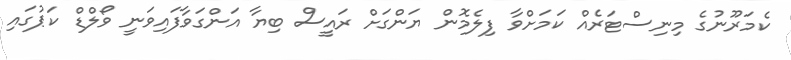
ކެމަރޫނުގެ މިނިސްޓަރެއް ކަމަށްވާ ފިލެމޮން ޔަންގަށް ރައީސް ބިޔާ އަންގަވާފައިވަނީ ވޯލްޑް ކަޕުގައި